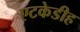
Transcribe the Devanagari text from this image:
एटकेडीह